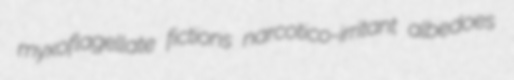
myxoflagellate fictions narcotico-irritant albedoes